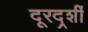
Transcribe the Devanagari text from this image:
दूरदर्र्शी